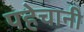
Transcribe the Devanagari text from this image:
पहेचानी